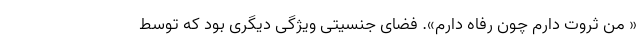
« من ثروت دارم چون رفاه دارم». فضای جنسیتی ویژگی دیگری بود که توسط